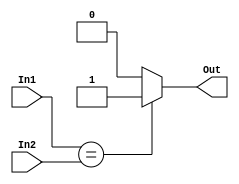
`timescale 1ns / 1ps
//////////////////////////////////////////////////////////////////////////////////
// Company: 
// Engineer: 
// 
// Design Name: 
// Module Name: Comparator
// Project Name: 
// Target Devices: 
// Tool Versions: 
// Description: 
// 
// Dependencies: 
// 
// Revision:
// Revision 0.01 - File Created
// Additional Comments:
// 
//////////////////////////////////////////////////////////////////////////////////


module CMP(In1, In2, Out);
    input   [31:0]In1,In2;
    output  Out;
    assign  Out = (In1 == In2) ? 1 : 0;
endmodule